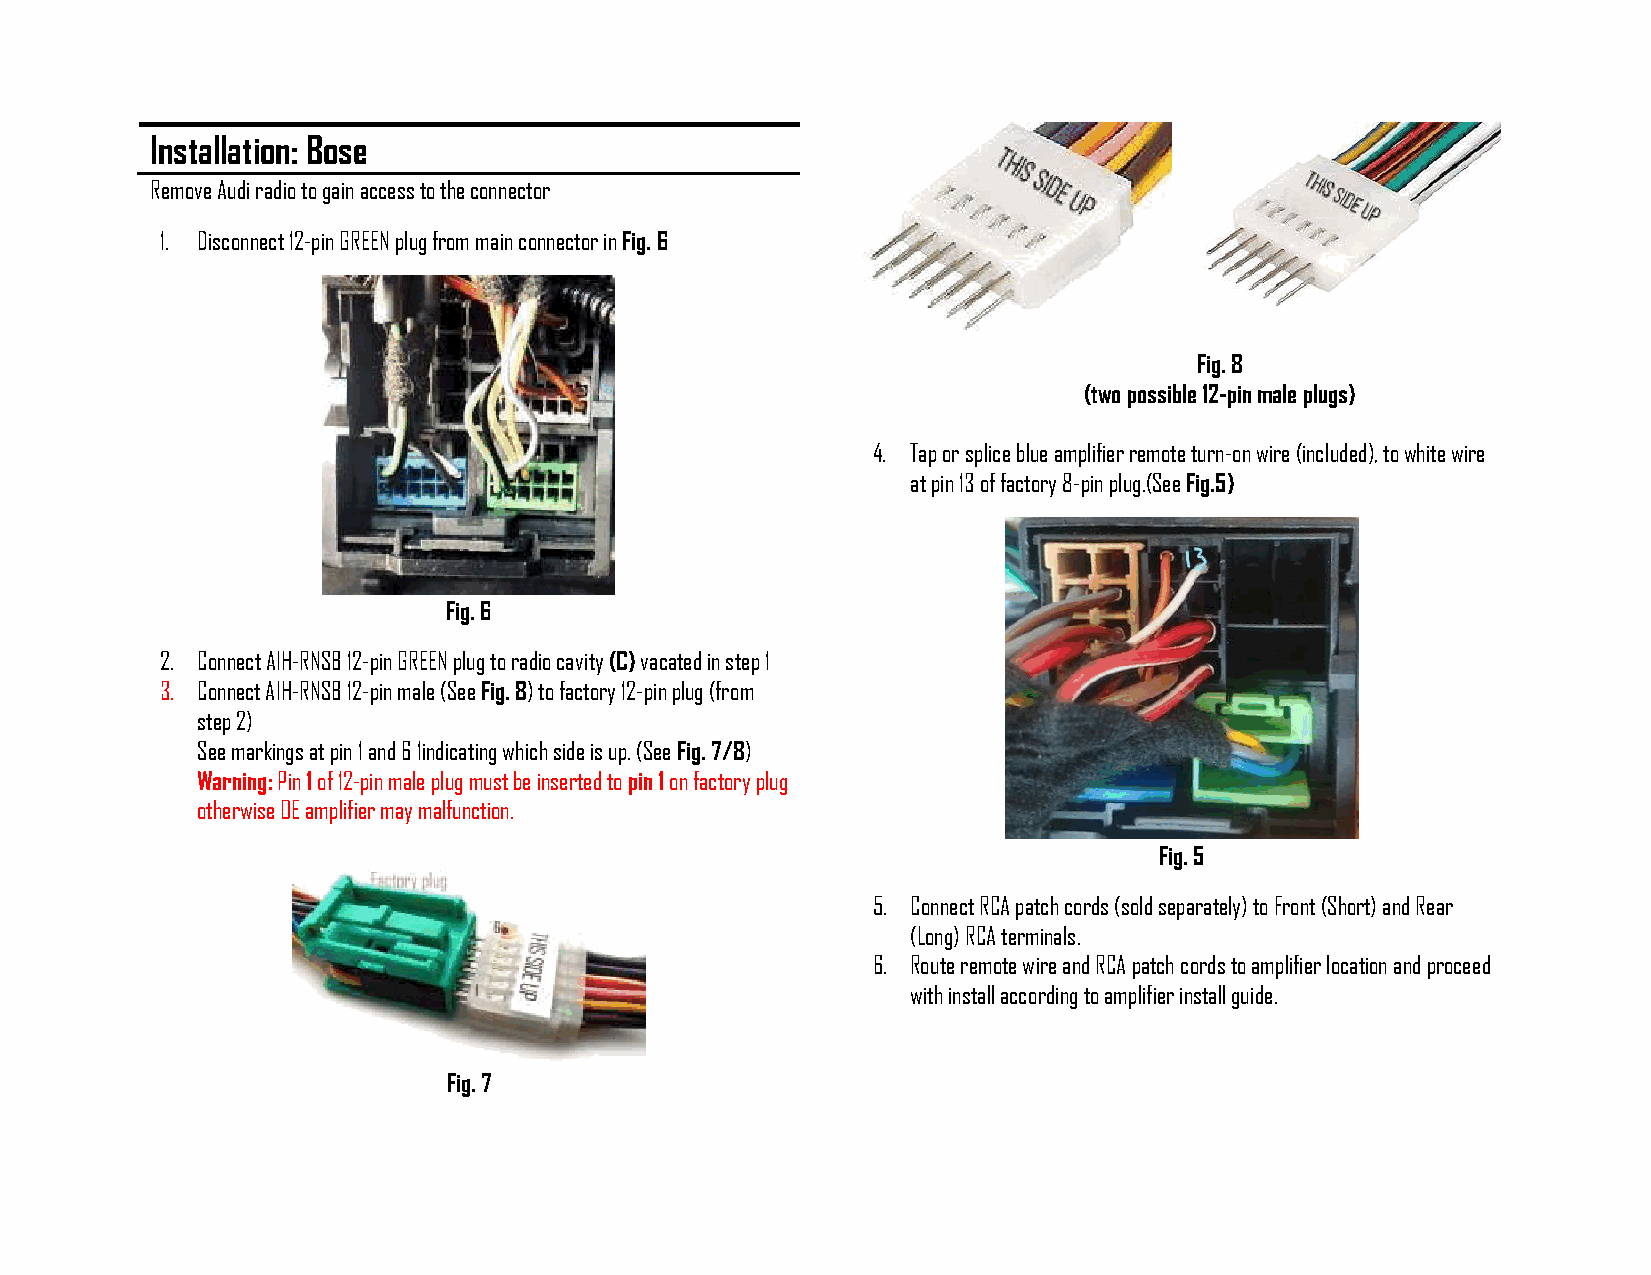
Installation: Bose
 Remove Audi radio to gain access to the connector
 1. Disconnect 12-pin GREEN plug from main connector in Fig. 6
 Fig. 8
 (two possible 12-pin male plugs)
 4. Tap or splice blue amplifier remote turn-on wire (included), to white wire
 at pin 13 of factory 8-pin plug.(See Fig.5)
 Fig. 6
 2. Connect AIH-RNSB 12-pin GREEN plug to radio cavity (C) vacated in step 1
 3. Connect AIH-RNSB 12-pin male (See Fig. 8) to factory 12-pin plug (from
 step 2)
 See markings at pin 1 and 6 1indicating which side is up. (See Fig. 7/8)
 Warning: Pin 1 of 12-pin male plug must be inserted to pin 1 on factory plug
 otherwise OE amplifier may malfunction.
 Fig. 5
 5. Connect RCA patch cords (sold separately) to Front (Short) and Rear
 (Long) RCA terminals.
 6. Route remote wire and RCA patch cords to amplifier location and proceed
 with install according to amplifier install guide.
 Fig. 7